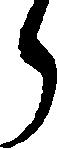
ら